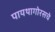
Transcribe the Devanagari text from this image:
पायथागोरसचे